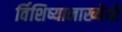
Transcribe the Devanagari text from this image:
र्विशिष्यानाख्येयो